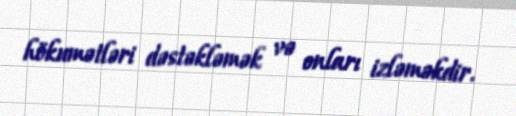
hökumətləri dəstəkləmək və onları izləməkdir.